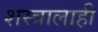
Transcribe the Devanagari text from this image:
शस्त्रालाही